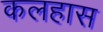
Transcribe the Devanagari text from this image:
कलहास